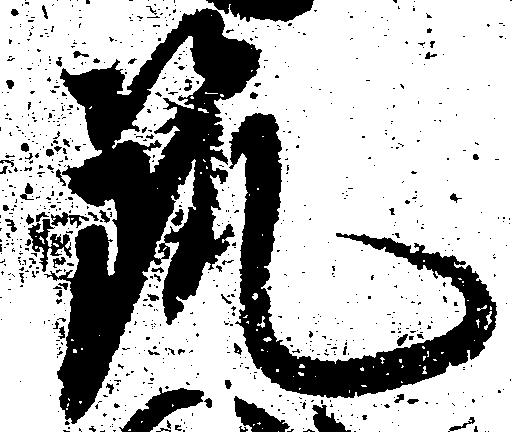
筑